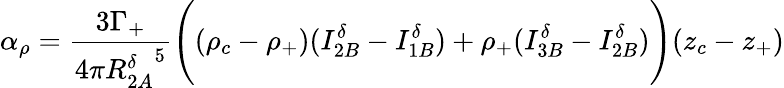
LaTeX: \alpha_{\rho}=\frac{3\Gamma_{+}}{4\pi{R_{2A}^{\delta}}^{5}}\Bigg((\rho_{c}-\rho_{+})(I_{2B}^{\delta}-I_{1B}^{\delta})+\rho_{+}(I_{3B}^{\delta}-I_{2B}^{\delta})\Bigg)(z_{c}-z_{+})